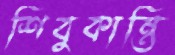
শিবুকান্তি